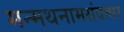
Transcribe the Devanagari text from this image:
मन्मथनामसंवत्सर